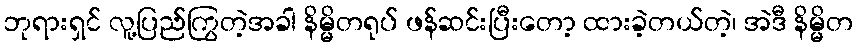
ဘုရားရှင် လူ့ပြည်ကြွတဲ့အခါ နိမ္မိတရုပ် ဖန်ဆင်းပြီးတော့ ထားခဲ့တယ်တဲ့၊ အဲဒီ နိမ္မိတ